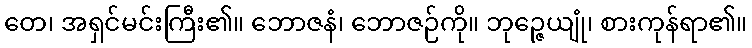
တေ၊ အရှင်မင်းကြီး၏။ ဘောဇနံ၊ ဘောဇဉ်ကို။ ဘုဉ္ဇေယျုံ၊ စားကုန်ရာ၏။